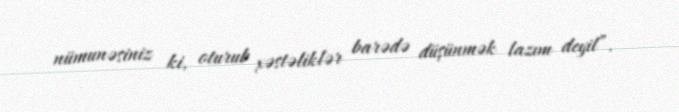
nümunəsiniz ki, oturub xəstəliklər barədə düşünmək lazım deyil”.